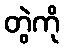
တွဲကို